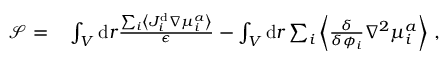
\begin{array} { r l } { \mathcal { S } = } & { { } \int _ { V } \mathrm { d } r \frac { \sum _ { i } \left\langle J _ { i } ^ { \mathrm { d } } \nabla { \mu } _ { i } ^ { a } \right\rangle } { \epsilon } - \int _ { V } \mathrm { d } r \sum _ { i } \left\langle \frac { \delta } { \delta { \phi _ { i } } } \nabla ^ { 2 } \mu _ { i } ^ { a } \right\rangle \, , } \end{array}